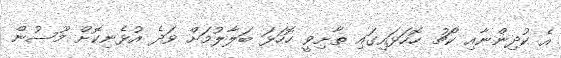
އެ ކުދިންނާއި ކޯޗު ހޮހަޅައިގައި ތާށިވީ ހޮހަޅަ ބަލާލުމަށް ވަދެ އުޅެނިކޮށް މޫސުން